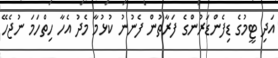
އަދި ޓީމުގެ ޑިފެންޑަރުންގެ ފަރާތުން ފެނުނު ކުޅުމާ މެދު އެހާ ހިތްހަމަ ނުޖެހޭ